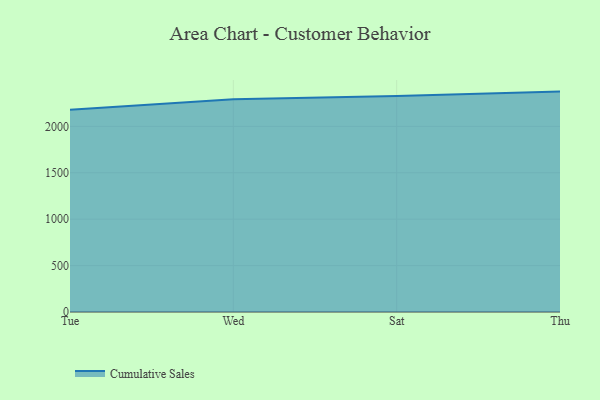
{"axis": {"x": "Day", "y": "Backlog"}, "legend": ["Cumulative Sales"], "data": [{"x": "Tue", "y": 2177.8, "type": "Cumulative Sales"}, {"x": "Wed", "y": 2290.6, "type": "Cumulative Sales"}, {"x": "Sat", "y": 2327.2, "type": "Cumulative Sales"}, {"x": "Thu", "y": 2374.3, "type": "Cumulative Sales"}]}